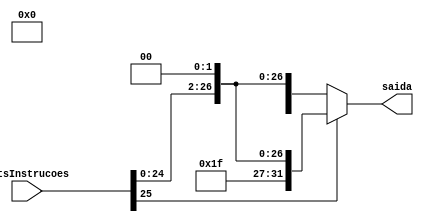
module SignExtend_26_28 (
    input wire [25:0] bitsInstrucoes,
    output wire [31:0] saida
);                                       

wire [27:0] DoisOitoBits;
assign DoisOitoBits = bitsInstrucoes;

assign saida = (bitsInstrucoes[25] == 1'b1) ? { {4{1'b1}}, {DoisOitoBits<<2} }: { {4'b0}, {DoisOitoBits<<2}};
endmodule